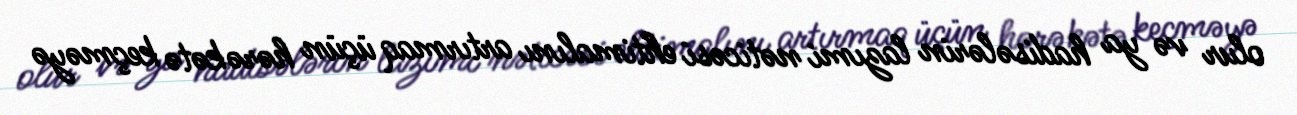
olur və ya hadisələrin lazımi nəticəsi ehtimalını artırmaq üçün hərəkətə keçməyə